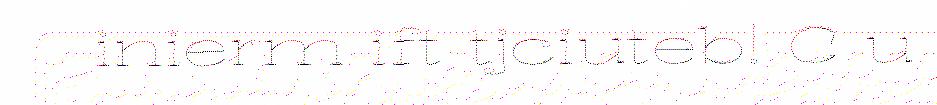
inierm ift tjciuteb! C u